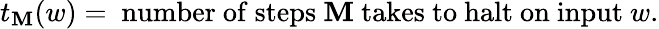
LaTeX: t_{\mathbf{M}}(w)={\mathrm{{~number~of~steps~}}}\mathbf{M}{\mathrm{{~takes~to~halt~on~input~}}}w.